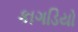
કાગડિયો